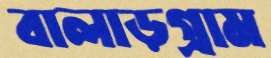
বালাড়গ্রাম